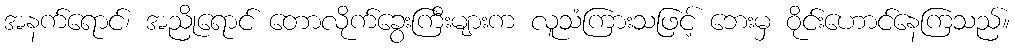
အနက်ရောင်၊ အညိုရောင် တောလိုက်ခွေးကြီးများက လူသံကြားသဖြင့် ဘေးမှ ဝိုင်းဟောင်နေကြသည်။